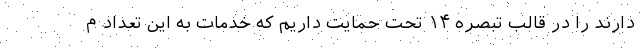
دارند را در قالب تبصره ۱۴ تحت حمایت داریم که خدمات به این تعداد م